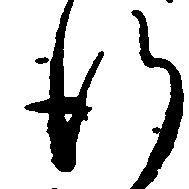
行